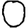
Digit: 0